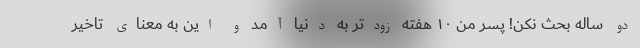
دو ساله بحث نکن! پسر من ۱۰ هفته زودتر به دنیا آمد و این به معنای تاخیر